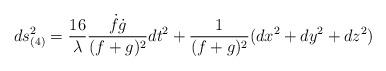
LaTeX: \begin{align*}ds_{(4)}^2=\frac{16}{\lambda}\frac{\dot{f}\dot{g}}{(f+g)^2}dt^2+\frac{1}{(f+g)^2}(dx^2+dy^2+dz^2)\end{align*}